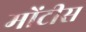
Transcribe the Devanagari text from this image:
मोंटीस